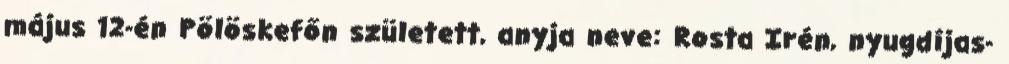
május 12-én Pölöskefőn született, anyja neve: Rosta Irén, nyugdíjas-